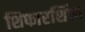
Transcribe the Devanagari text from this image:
शिफारशिंचा